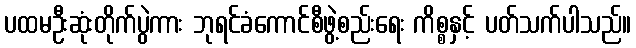
ပထမဦးဆုံးတိုက်ပွဲကား ဘုရင်ခံကောင်စီဖွဲ့စည်းရေး ကိစ္စနှင့် ပတ်သက်ပါသည်။